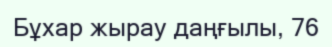
Бұхар жырау даңғылы, 76